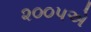
૨૦૦૫એ